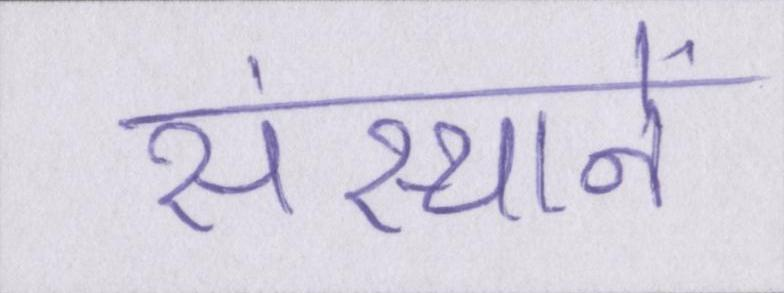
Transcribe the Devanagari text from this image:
संस्थानें